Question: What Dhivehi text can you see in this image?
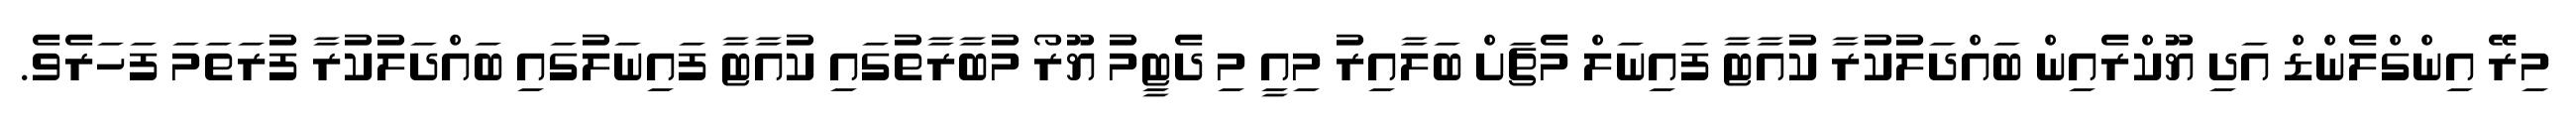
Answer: މިރޭ އިންގްލެންޑް އަދި ޔޫކްރެއިން ބައްދަލުކުރާ ކުއާޓާ ފައިނަލް މެޗަށް ބަލާއިރު މިއީ މި ދެޓީމު ޔޫރޯ މުބާރާތުގައި ކުއާޓާ ފައިނަލުގައި ބައްދަލުކުރާ ފުރަތަމަ ފަހަރެވެ.